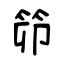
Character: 笷